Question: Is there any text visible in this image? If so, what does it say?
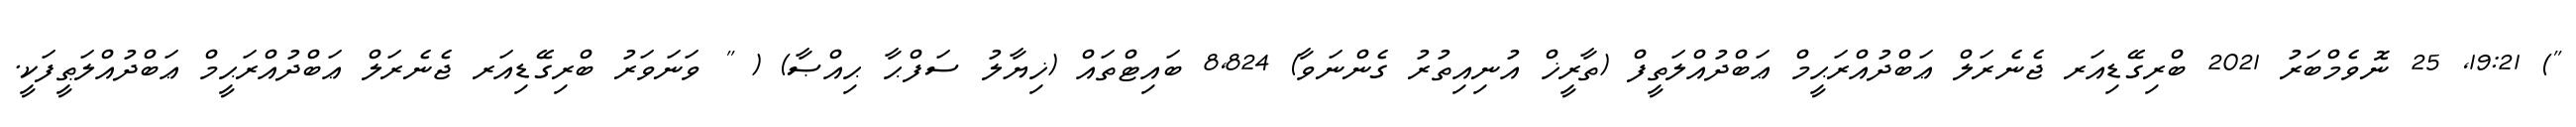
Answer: ") 19:21, 25 ނޮވެމްބަރު 2021 ބްރިގޭޑިއަރ ޖެނެރަލް ޢަބްދުއްރަޙީމް ޢަބްދުއްލަތީފް (ތާރީޚް އުނިއިތުރު ގެންނަވާ) 8,824 ބައިޓްތައް (ޚިޔާލު ސަފްޙާ ޙިއްޞާ) ( " ވަނަވަރު ބްރިގޭޑިއަރ ޖެނެރަލް ޢަބްދުއްރަޙީމް ޢަބްދުއްލަޠީފަކީ.